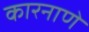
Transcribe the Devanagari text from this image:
कारनाणे